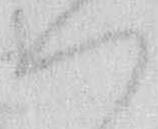
い